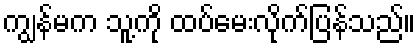
ကျွန်မက သူ့ကို ထပ်မေးလိုက်ပြန်သည်။